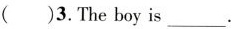
( )3.The boy is___.